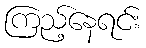
ကြည့်နေရင်း